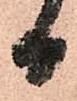
日